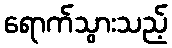
ရောက်သွားသည့်